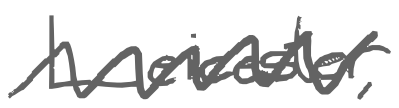
Text: Leicester,
Cross-out: zig-zag
Writing tool: digital_gray